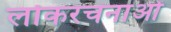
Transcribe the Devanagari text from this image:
लोकरचनाओं